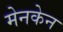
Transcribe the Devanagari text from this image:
मेनकेन